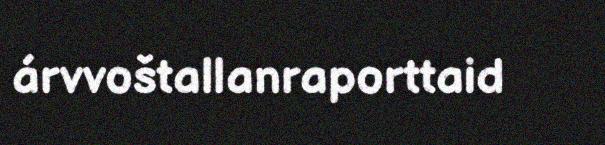
árvvoštallanraporttaid